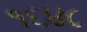
૧૬૪૮